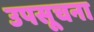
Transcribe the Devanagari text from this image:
उपसूचना